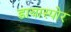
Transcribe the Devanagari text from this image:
डायास्पोर